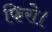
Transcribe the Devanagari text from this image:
फिरो।